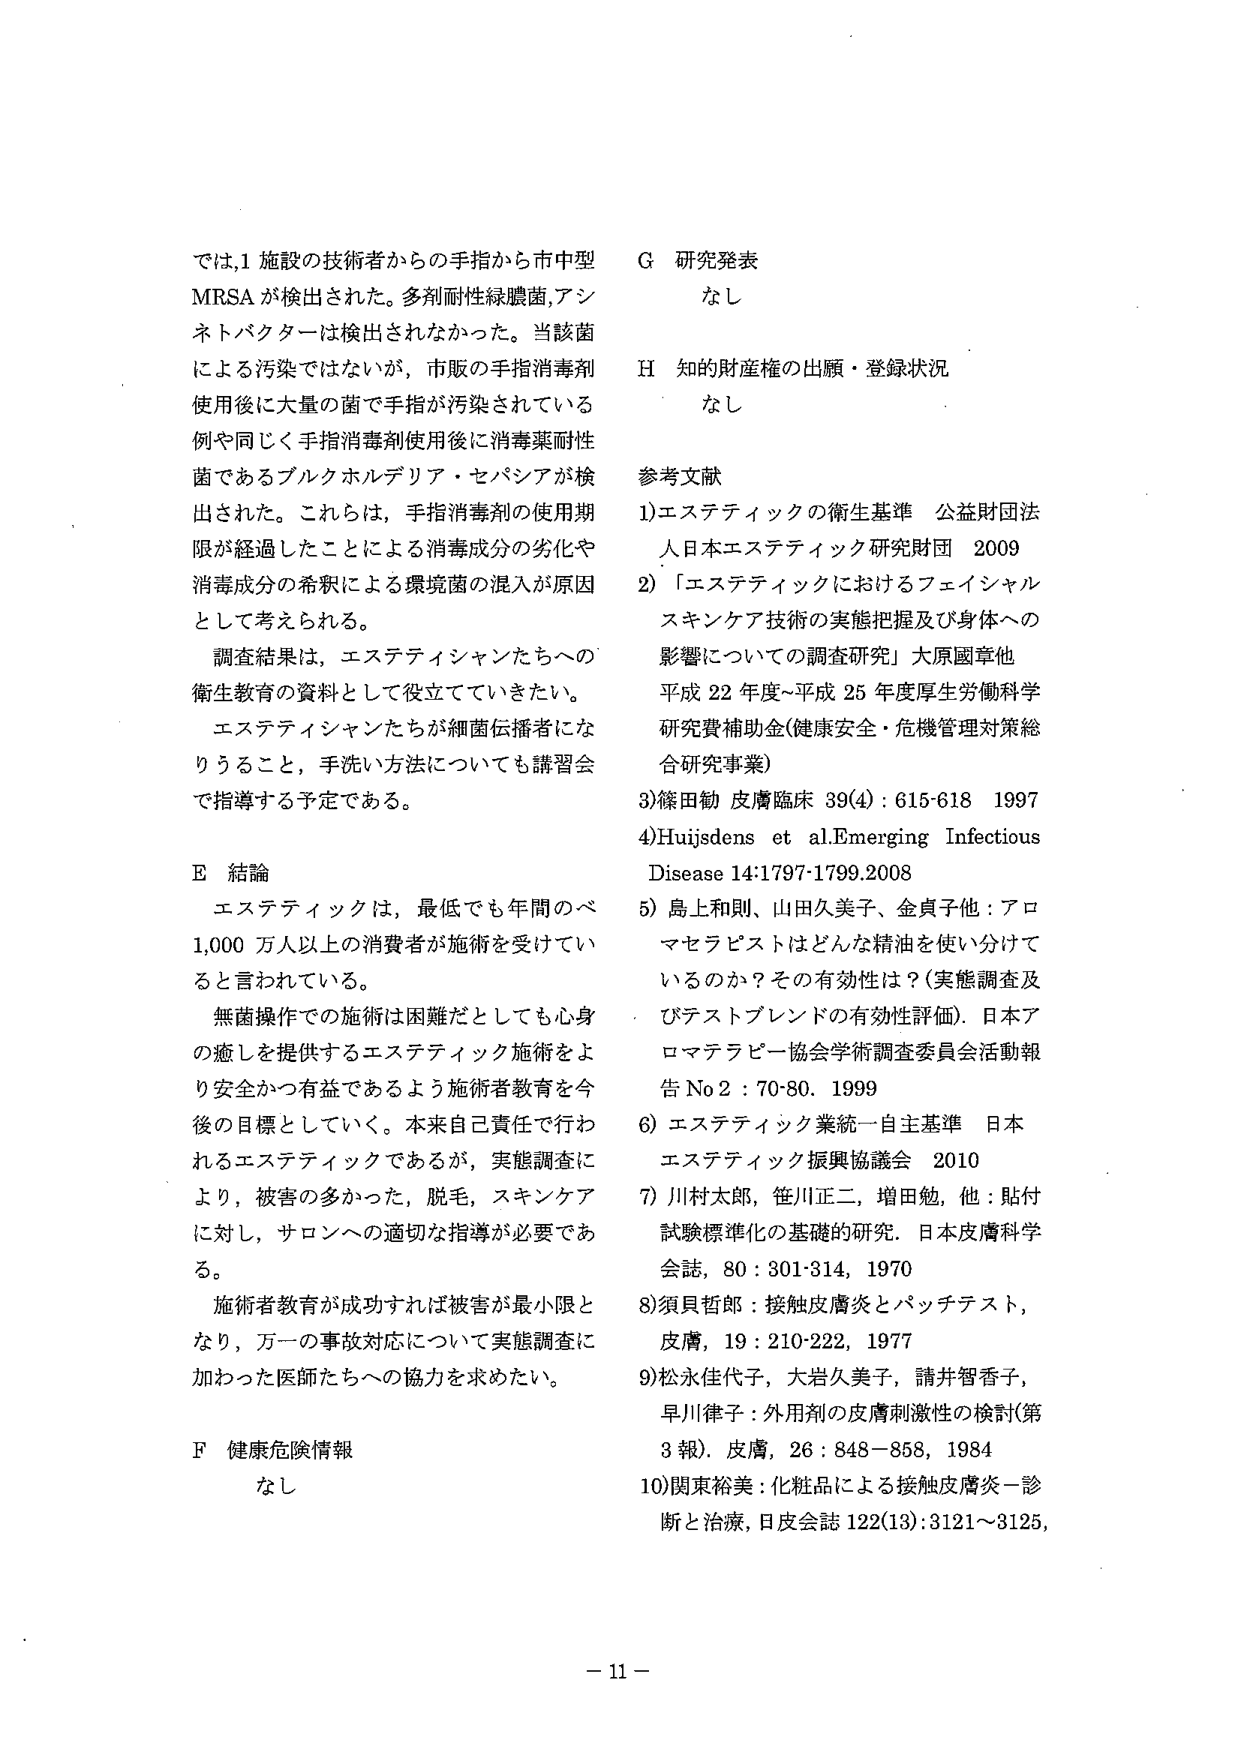
では、1 施設の技術者からの手指から市中型 MRSA が検出された。多剤耐性緑膿菌、アシ ネトバクターは検出されなかった。当該菌 による汚染ではないが、市販の手指消毒剤 使用後に大量の菌で手指が汚染されている 例と同じく手指消毒剤使用後に消毒薬耐性 菌であるブルクホルデリア・セパシアが検 出された。これらは、手指消毒剤の使用期 限が経過したことによる消毒成分の劣化や 消毒成分の希釈による環境菌の混入が原因 として考えられる。

調査結果は、エステティシャンたちへの 衛生教育の資料として役立てていきたい。 エステティシャンたちが細菌伝播者にな りうること、手洗い方法についても講習会 で指導する予定である。

E 結論

エステティックは、最低でも年間のべ 1,000 万人以上の消費者が施術を受けてい ると言われている。

無菌操作での施術は困難だとしても心身 の癒しを提供するエステティック施術をよ り安全かつ有益であるよう施術者教育を今 後の目標としていく。本来自己責任で行わ れるエステティックであるが、実態調査に より、被害の多かった、脱毛、スキンケア に対し、サロンへの適切な指導が必要であ る。

施術者教育が成功すれば被害が最小限と なり、万一の事故対応について実態調査に 加わった医師たちへの協力を求めたい。

F 健康危険情報

なし

G 研究発表

なし

H 知的財産権の出願・登録状況

なし

参考文献

1) エステティックの衛生基準 公益財団法 人日本エステティック研究財団 2009

2) 「エステティックにおけるフェイシャル スキンケア技術の実態把握及び身体への 影響についての調査研究」大原國章他 平成 22 年度～平成 25 年度厚生労働科学 研究費補助金(健康安全・危機管理対策総 合研究事業)

3) 篠田勉 皮膚臨床 39(4) : 615-618 1997

4) Huijsdens et al. Emerging Infectious Disease 14:1797-1799.2008

5) 島上和則、山田久美子、金貞子他：アロ マセラピストはどんな精油を使い分けて いるのか？その有効性は？(実態調査及 びテストブレンドの有効性評価) 日本ア ロマテラピー協会学術調査委員会活動報 告 No 2 : 70-80. 1999

6) エステティック業統一自主基準 日本 エステティック振興協議会 2010

7) 川村太郎，笹川正二，増田勉，他：貼付 試験標準化の基礎的研究．日本皮膚科学 会誌，80 : 301-314，1970

8) 須貝哲郎：接触皮膚炎とパッチテスト， 皮膚，19 : 210-222，1977

9) 松永佳代子，大岩久美子，請井智香子， 早川律子：外用剤の皮膚刺激性の検討(第 3 報)．皮膚，26 : 848-858，1984

10) 関東裕美：化粧品による接触皮膚炎－診 断と治療，日皮会誌 122(13) : 3121～3125，

－ 11 －